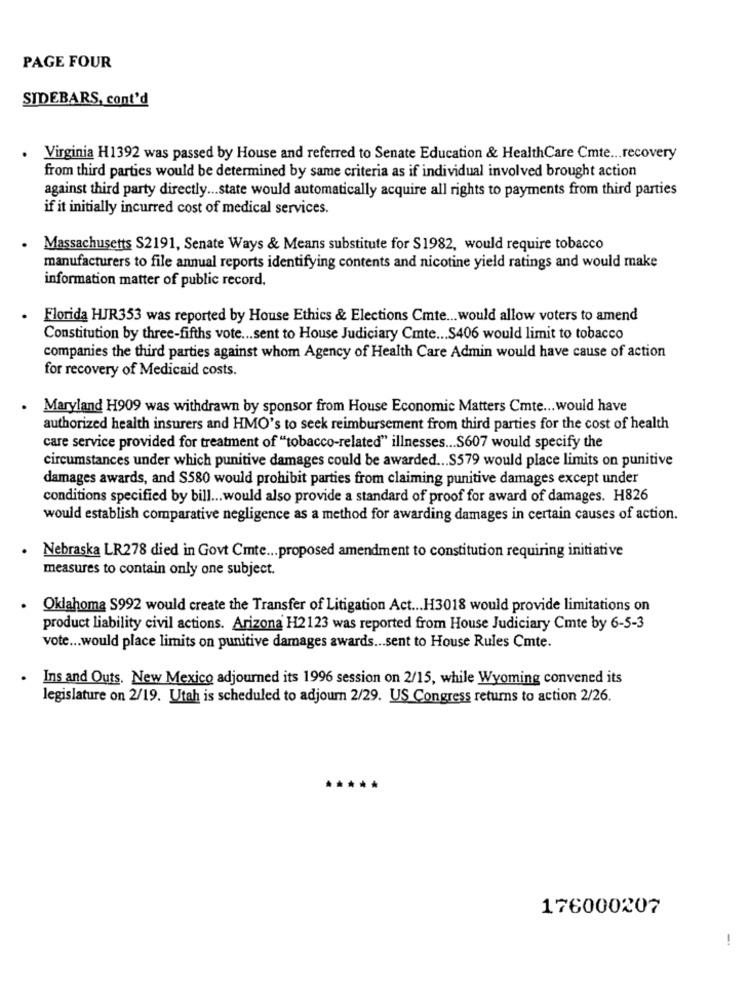
PAGE FOUR
SIDEBARS, cont'd
. Virginia H1392 was passed by House and referred to Senate Education & HealthCare Cmte ... recovery
from third parties would be determined by same criteria as if individual involved brought action
against third party directly ... state would automatically acquire all rights to payments from third parties
if it initially incurred cost of medical services.
Massachusetts S2191, Senate Ways & Means substitute for S1982, would require tobacco
manufacturers to file annual reports identifying contents and nicotine yield ratings and would make
information matter of public record.
Florida HJR353 was reported by House Ethics & Elections Cmte ... would allow voters to amend
Constitution by three-fifths vote ... sent to House Judiciary Cmte ... S406 would limit to tobacco
companies the third parties against whom Agency of Health Care Admin would have cause of action
for recovery of Medicaid costs.
Maryland H909 was withdrawn by sponsor from House Economic Matters Cmte ... would have
authorized health insurers and HMO's to seek reimbursement from third parties for the cost of health
care service provided for treatment of "tobacco-related" illnesses ... $607 would specify the
circumstances under which punitive damages could be awarded ... S579 would place limits on punitive
damages awards, and S580 would prohibit parties from claiming punitive damages except under
conditions specified by bill ... would also provide a standard of proof for award of damages. H826
would establish comparative negligence as a method for awarding damages in certain causes of action.
Nebraska LR278 died in Govt Cmte ... proposed amendment to constitution requiring initiative
measures to contain only one subject.
Oklahoma S992 would create the Transfer of Litigation Act ... H3018 would provide limitations on
product liability civil actions. Arizona H2123 was reported from House Judiciary Cmte by 6-5-3
vote ... would place limits on punitive damages awards ... sent to House Rules Cmte.
Ins and Outs. New Mexico adjourned its 1996 session on 2/15, while Wyoming convened its
legislature on 2/19. Utah is scheduled to adjourn 2/29. US Congress returns to action 2/26.
176000207